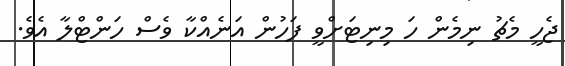
ޖެހީ މެޗު ނިމެން ހަ މިނިޓަށްވީ ފަހުން އަނެއްކާ ވެސް ހަންޓްލާ އެވެ.